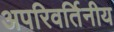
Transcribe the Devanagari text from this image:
अपरिवर्तिनीय